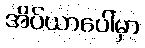
အိပ်ယာပေါ်မှာ